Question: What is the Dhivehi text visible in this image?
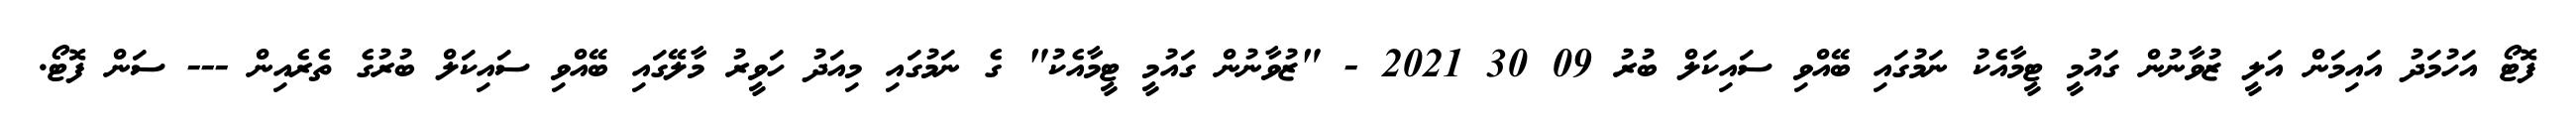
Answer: ފޮޓޯ އަހުމަދު އައިމަން އަލީ ޒުވާނުން ގައުމީ ޓީމާއެކު ނަމުގައި ބޭއްވި ސައިކަލް ބުރު 09 30 2021 - "ޒުވާނުން ގައުމީ ޓީމާއެކު" ގެ ނަމުގައި މިއަދު ހަވީރު މާލޭގައި ބޭއްވި ސައިކަލް ބުރުގެ ތެރެއިން --- ސަން ފޮޓޯ.